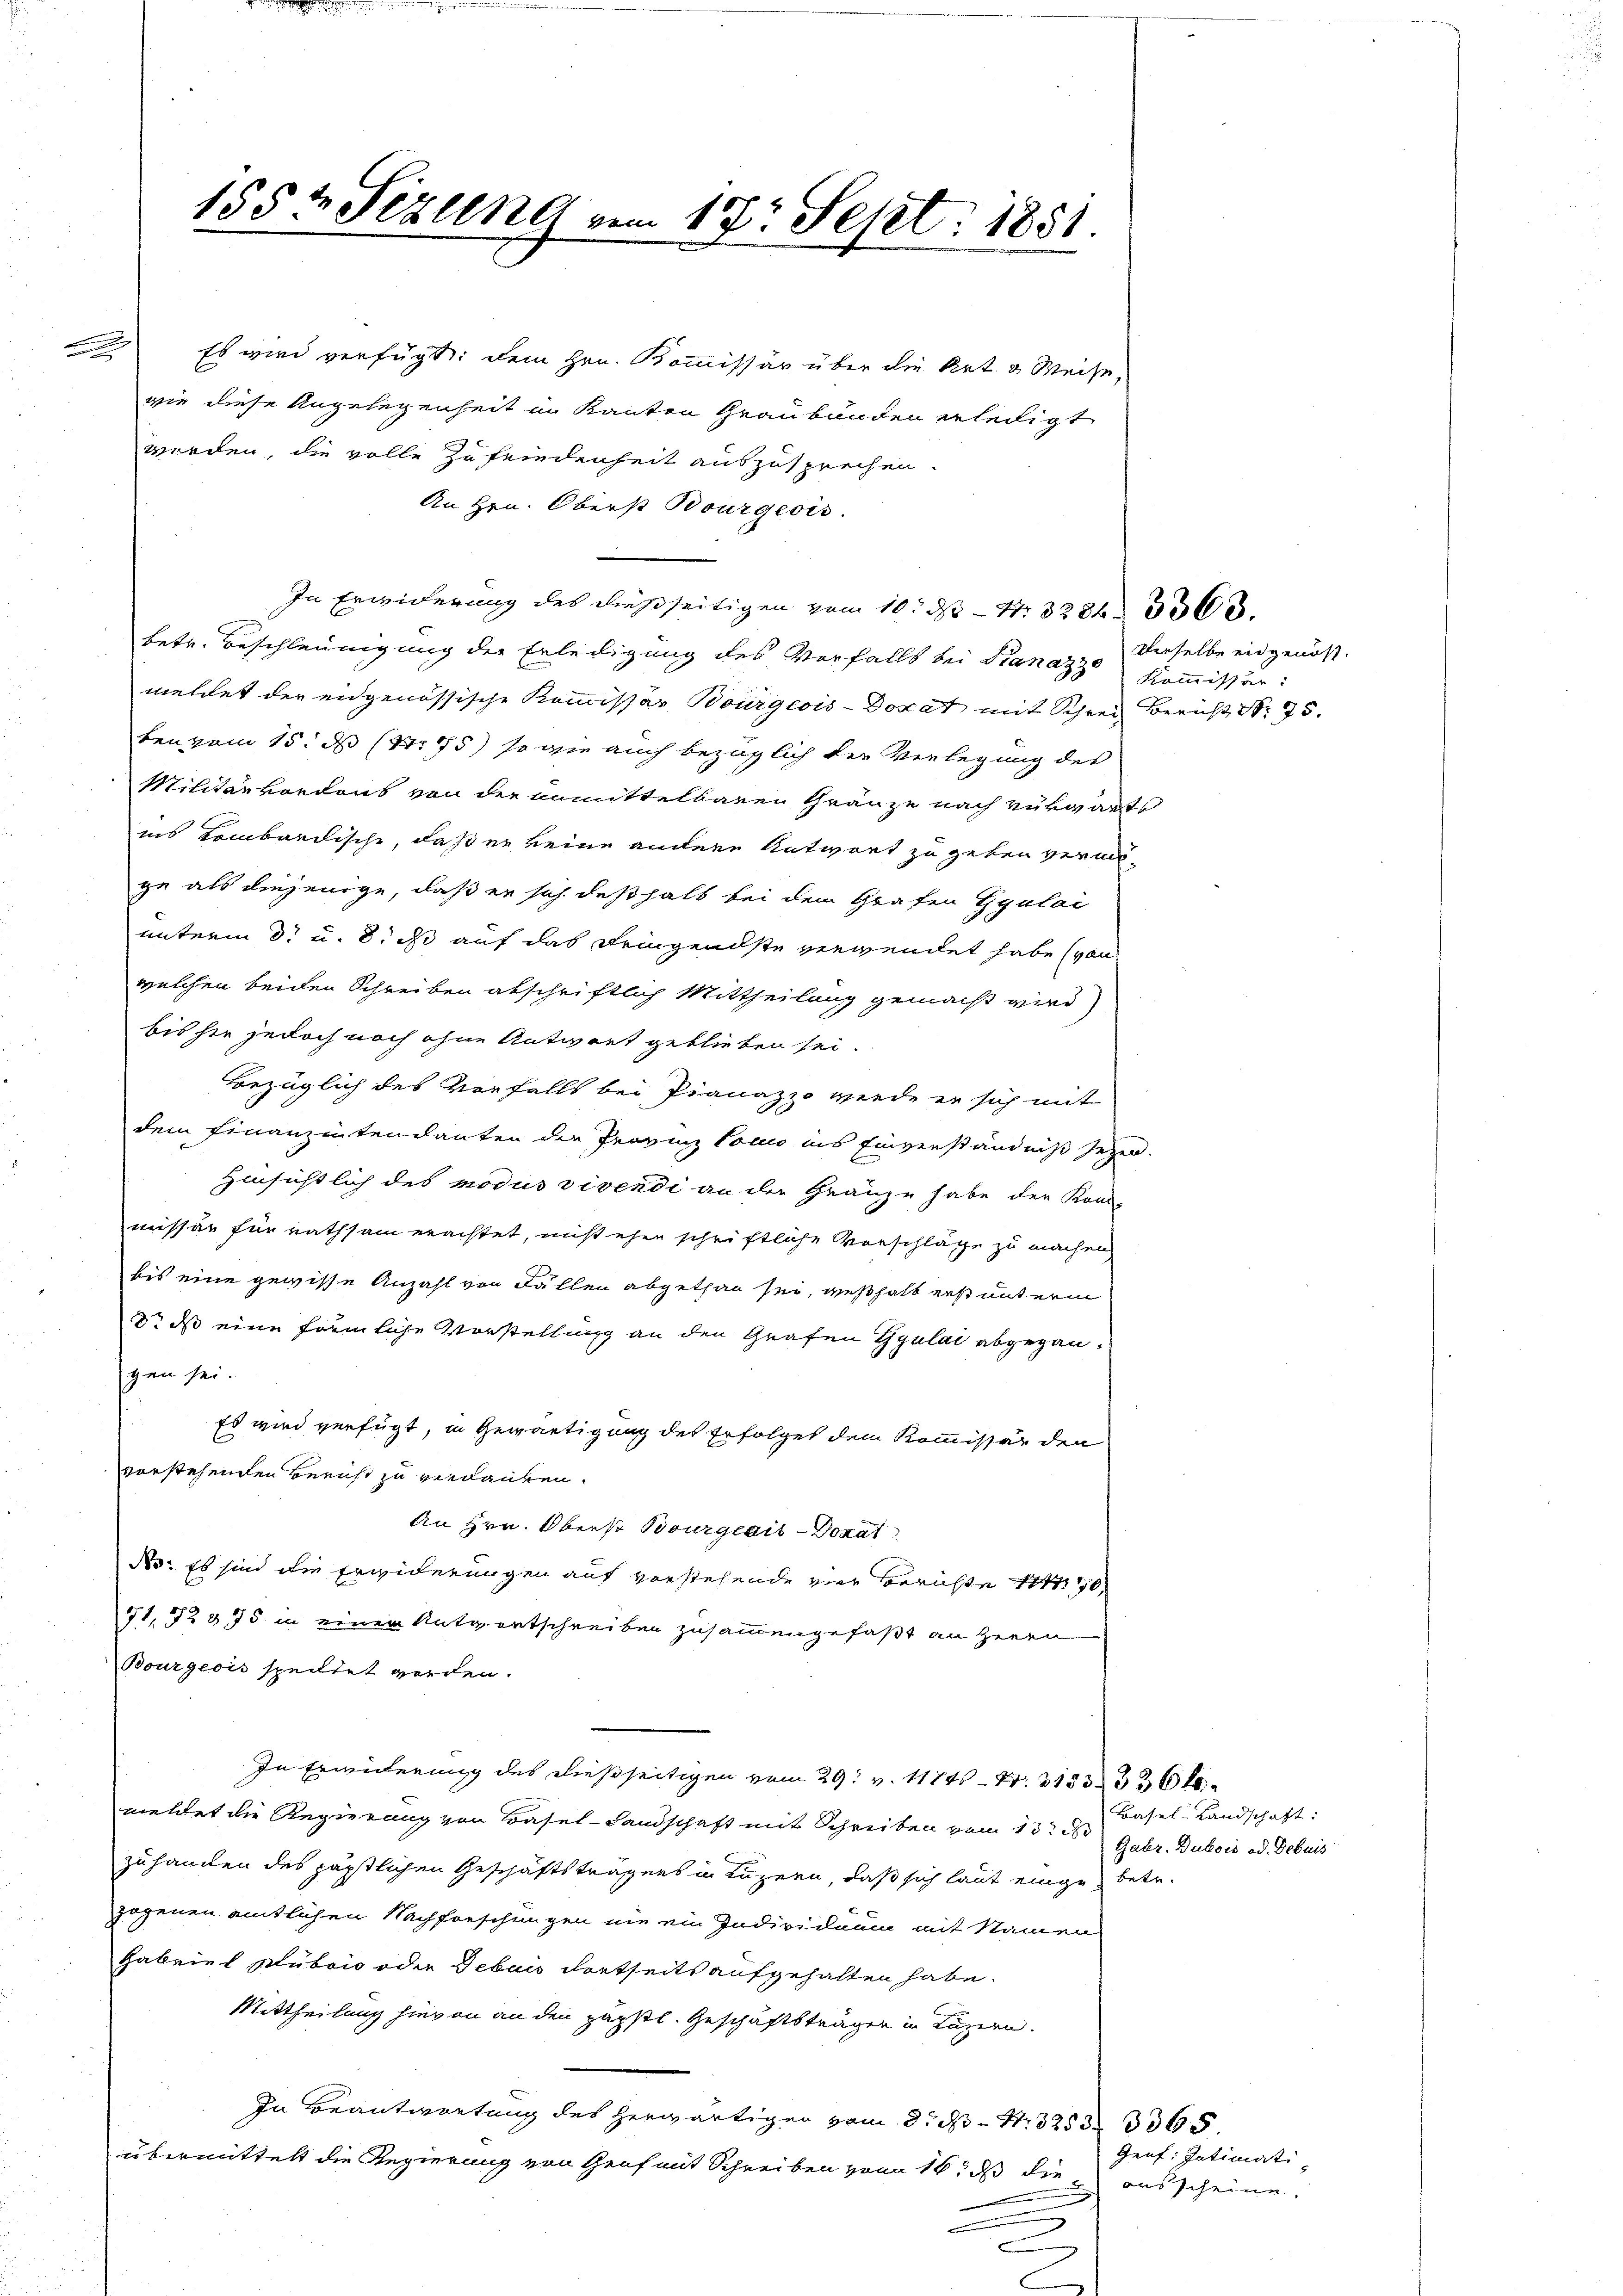
155 t Sezung vom 17. Sept. 1851.

Es wird verfügt: dem Hrn. Kommissär über die Art. a Weise,
wie diese Angelegenheit im Kanton Graubünden erledigt
werden, die volle Zufriedenheit auszusprechen.
An Hrn. Oberst Bourgeois.
In Erwiderung des dießseitigen vom 10. N. N. 32843568.
betr. Beschleunigung der Erledigung des Verfalls bei Stanazze Kommissär:
meldet der eidgenössische Kommissar Bourgeois-Donat mit Schrei Bericht Nr. 75.
ben vom 15. ds (1475) so wie auch bezüglich der Verlegung des
Militär vordons von der unmittelbauen Gränze nach Verwarts
ins Kombardische, daß er keine andere Antwort zu geben vermöge als diejenige, daß er sich deßhalb bei dem Grafen Ggulai
unterm 8. u. Sies auf das Dringendste verwendet habe (von
welchen beiden Schreiben abschriftlich Mittheilung gemacht wird
bis sie jedoch noch ohne Antwort geblieben sei.
Bezüglich des Vorfalls bei Pianazzo werde er sich mit
dem Finanzentendanten der Provinz Como ins Einverständniß sezen.
Hinsichtlich des modus vivendi an der Gränze habe der Kon-
missär für rathsam erachtet, nicht eher schriftliche Vorschläge zu machen
bis eine gewisse Anzahl von Fällen abgethan sei, weßhalb erst unterm
dr ds eine förmliche Vorstellung an den Grafen Gyulai abgegangen sei.
Es wird verfügt, in Gewärtigung des Erfolget dem Kommissär den
vorstehenden Bericht zu verlauben.
An Hrn. Oberst Bourgeais-Dokat
No: Es sind die Erwiderungen auf vorstehende vier Berichte 111 76,
71, 72 875 in einer Antwortschreiben zusammengefaßt an Herrn
Bourgeois speiltet worden.
In Erwiderung des dießseitigen vom 29. v. 11745 - Nr. 3133336
meldet die Regierung von Basel-Landschaft mit Schreiben vom 13. d
zuhanden des päpstlichen Geschäftsträgens in Luzern, daß sich laut einge betr.
zogenen amtlichen Nachforschungen nie ein Individuum mit Namen
Gabriel schüben oder Gebaus dortseits aufgehalten habe.
Mittheilung hievon an den päpstl. Geschäftsträgen in Luzern.
In Beantwortung des herwärtigen vom 8. P. Nr. 325 3365.
übermittelt die Regierung von Graf mit Schreiben vom 16. ds die ausscheine.
e

derselbe eidgenoss.

Basel-Landschaft:
Gabr. Dubois od. Debuis

Genf. Intimati